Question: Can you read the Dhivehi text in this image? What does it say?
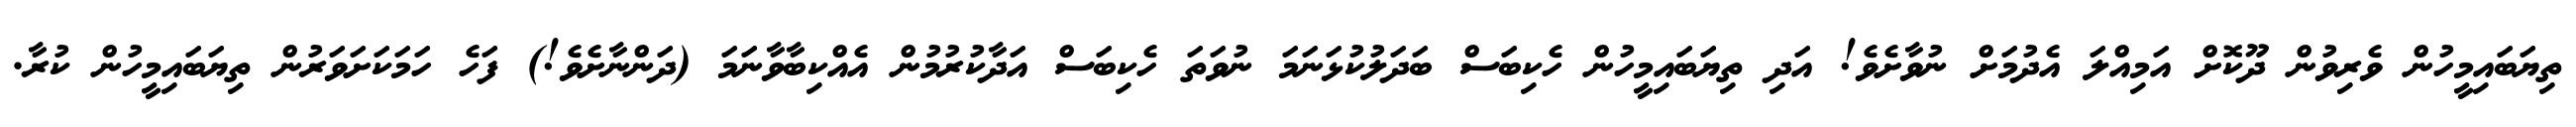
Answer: ތިޔަބައިމީހުން ވެރިވުން ދޫކޮށް އަމިއްލަ އެދުމަށް ނުވާށެވެ! އަދި ތިޔަބައިމީހުން ހެކިބަސް ބަދަލުކުޅަނަމަ ނުވަތަ ހެކިބަސް އަދާކުރުމުން އެއްކިބާވާނަމަ (ދަންނާށެވެ!) ފަހެ ހަމަކަށަވަރުން ތިޔަބައިމީހުން ކުރާ.